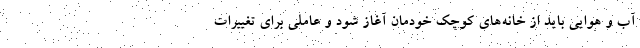
آب و هوایی باید از خانه‌های کوچک خودمان آغاز شود و عاملی برای تغییرات